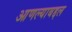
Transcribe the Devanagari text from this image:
आणल्याबद्दल